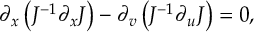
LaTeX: \partial _ { x } \left( J ^ { - 1 } \partial _ { x } J \right) - \partial _ { v } \left( J ^ { - 1 } \partial _ { u } J \right) = 0 ,